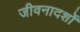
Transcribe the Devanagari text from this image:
जीवनादर्शों